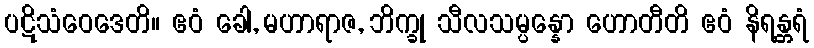
ပဋိသံဝေဒေတိ။ ဧဝံ ခေါ, မဟာရာဇ, ဘိက္ခု သီလသမ္ပန္နော ဟောတီတိ ဧဝံ နိရန္တရံ